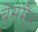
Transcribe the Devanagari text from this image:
बेसमैन